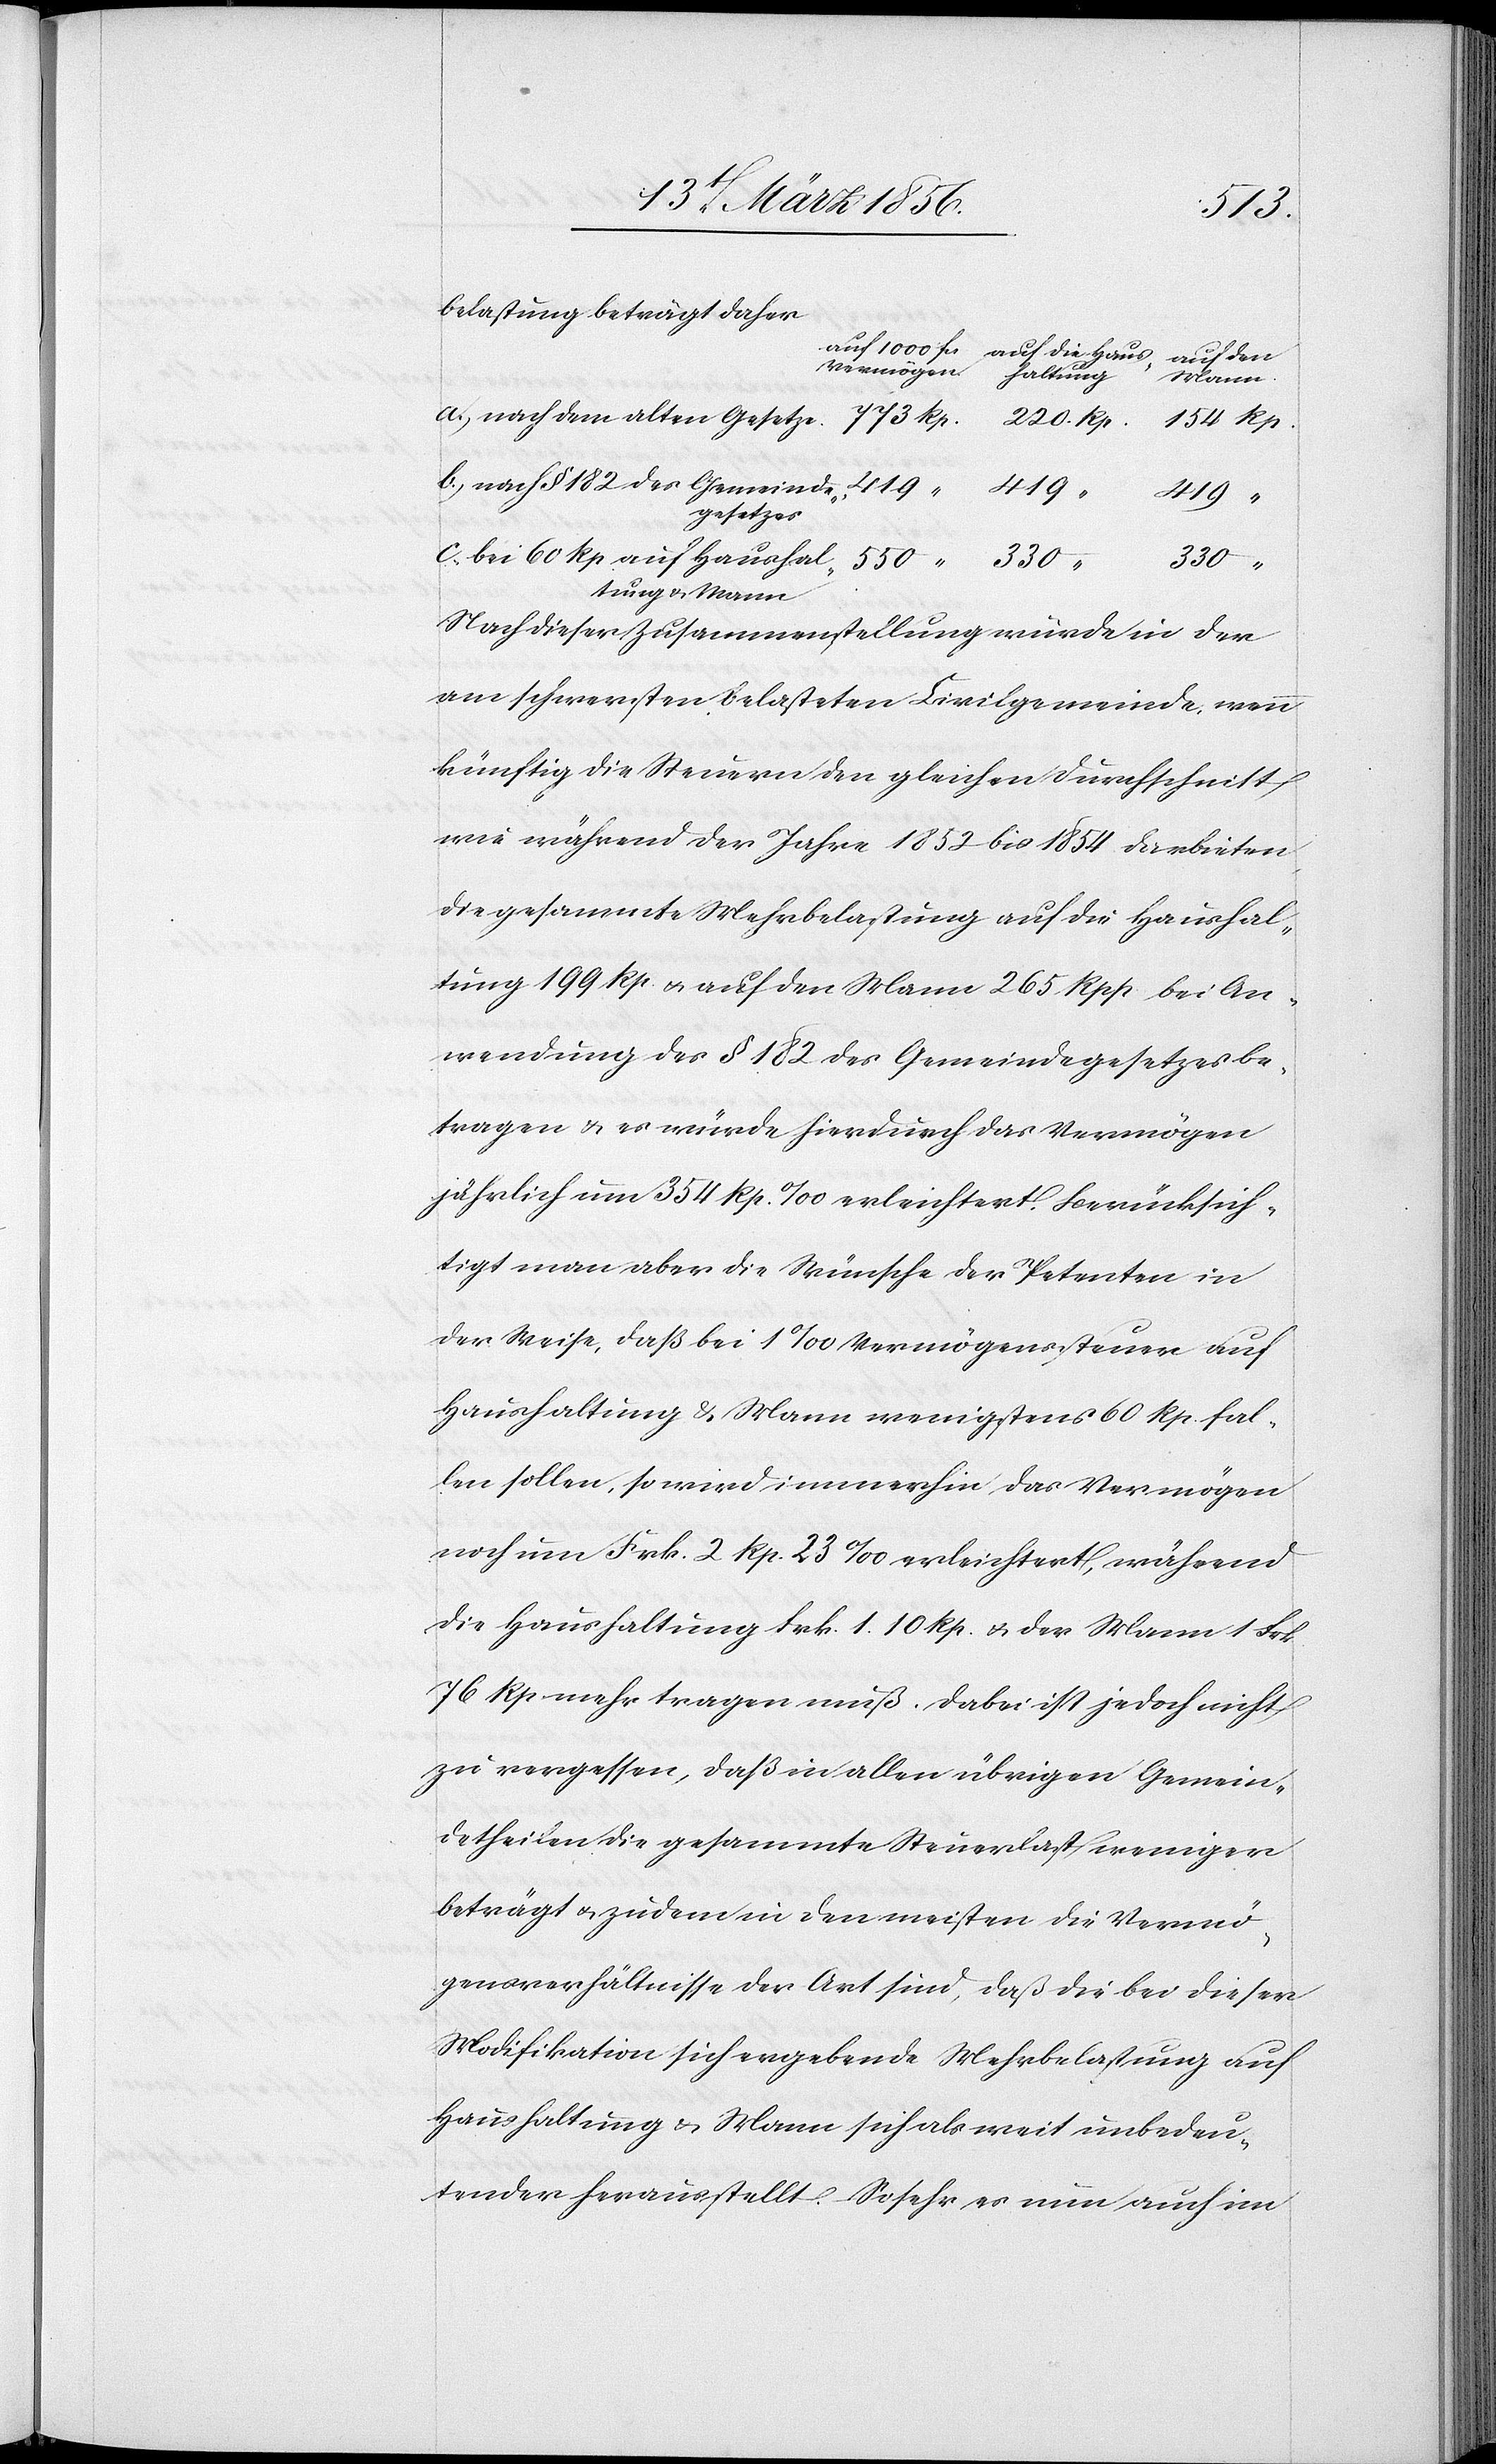
330
belastung beträgt daher
a., nach dem alten Gesetze.
“
c. bei 60 Rp auf Haushaltung & Mann
Nach dieser Zusammenstellung würde in der
am schwersten belasteten Civilgemeinde wenn
künftig die Steuern den gleichen Durchschnitt
wie während der Jahre 1852 bis 1854 darbieten,
die gesammte Mehrbelastung auf die Haushal¬
tung 199 Rp. u. auf den Mann 256 Rpp bei An¬
wendung des § 182 des Gemeindegesetzes be¬
tragen & es würde hierdurch das Vermögen
jährlich um 354 Rp. ‰ erleichtert. Berücksich¬
tigt man aber die Wünsche der Petenten in
der Weise, daß bei 1‰ Vermögenssteuer auf
Haushaltung & Mann wenigstens 60 Rp. fal¬
len sollen, so wird immerhin das Vermögen
noch um Frk. 2 Rp. 23 ‰ erleichtert, während
die Haushaltung Frk. 1. 10 Rp. u. der Mann 1 Frk
76 Rp mehr tragen muß, dabei ist jedoch nicht
zu vergessen, daß in allen übrigen Gemein¬
detheilen die gesammte Steuerlast weniger
beträgt u. zudem in den meisten die Vermö¬
gensverhältnisse der Art sind, daß die bei dieser
Modifikation sich ergebende Mehrbelastung auf
Haushaltung & Mann sich als weit unbedeu¬
tender herausstellt. So sehr es nun auch im